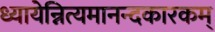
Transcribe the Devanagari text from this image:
ध्यायेन्नित्यमानन्दकारकम्